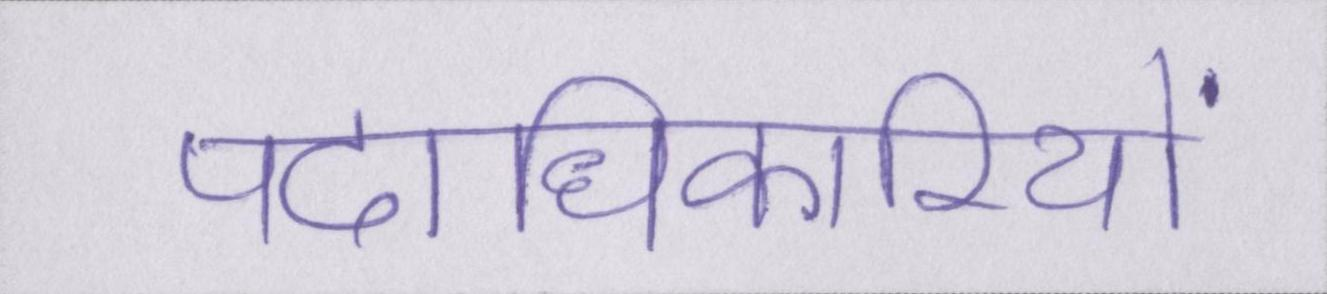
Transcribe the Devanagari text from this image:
पदाधिकारियों